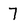
Character: 7